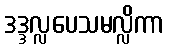
ဒဒ္ဒလ္လပေသမလ္လိကာ